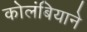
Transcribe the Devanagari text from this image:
कोलंबियाने